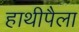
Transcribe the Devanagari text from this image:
हाथीपैला